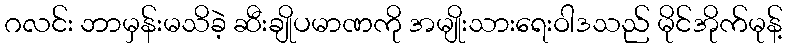
ဂလင်း ဘာမှန်းမသိခဲ့ ဆီးချိုပမာဏကို အမျိုးသားရေးဝါဒသည် မိုင်အိုက်မုန့်